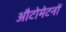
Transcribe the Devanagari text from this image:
औटोमेटनों